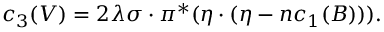
c _ { 3 } ( V ) = 2 \lambda \sigma \cdot \pi ^ { * } ( \eta \cdot ( \eta - n c _ { 1 } ( B ) ) ) .